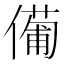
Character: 𠏆